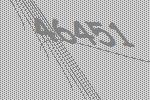
46451